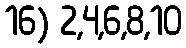
16) 2,4,6,8,10